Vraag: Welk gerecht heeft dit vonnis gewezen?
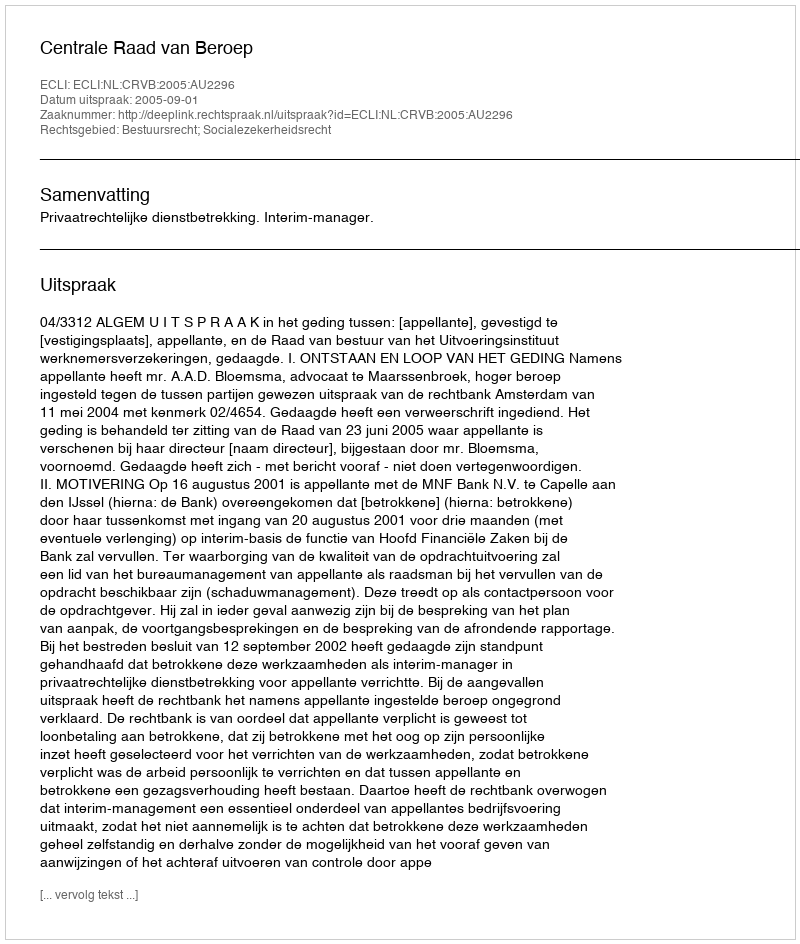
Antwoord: Centrale Raad van Beroep